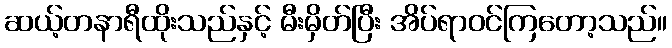
ဆယ့်တနာရီထိုးသည်နှင့် မီးမှိတ်ပြီး အိပ်ရာဝင်ကြတော့သည်။